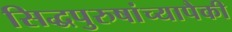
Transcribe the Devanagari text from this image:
सिद्धपुरुषांच्यापैकी